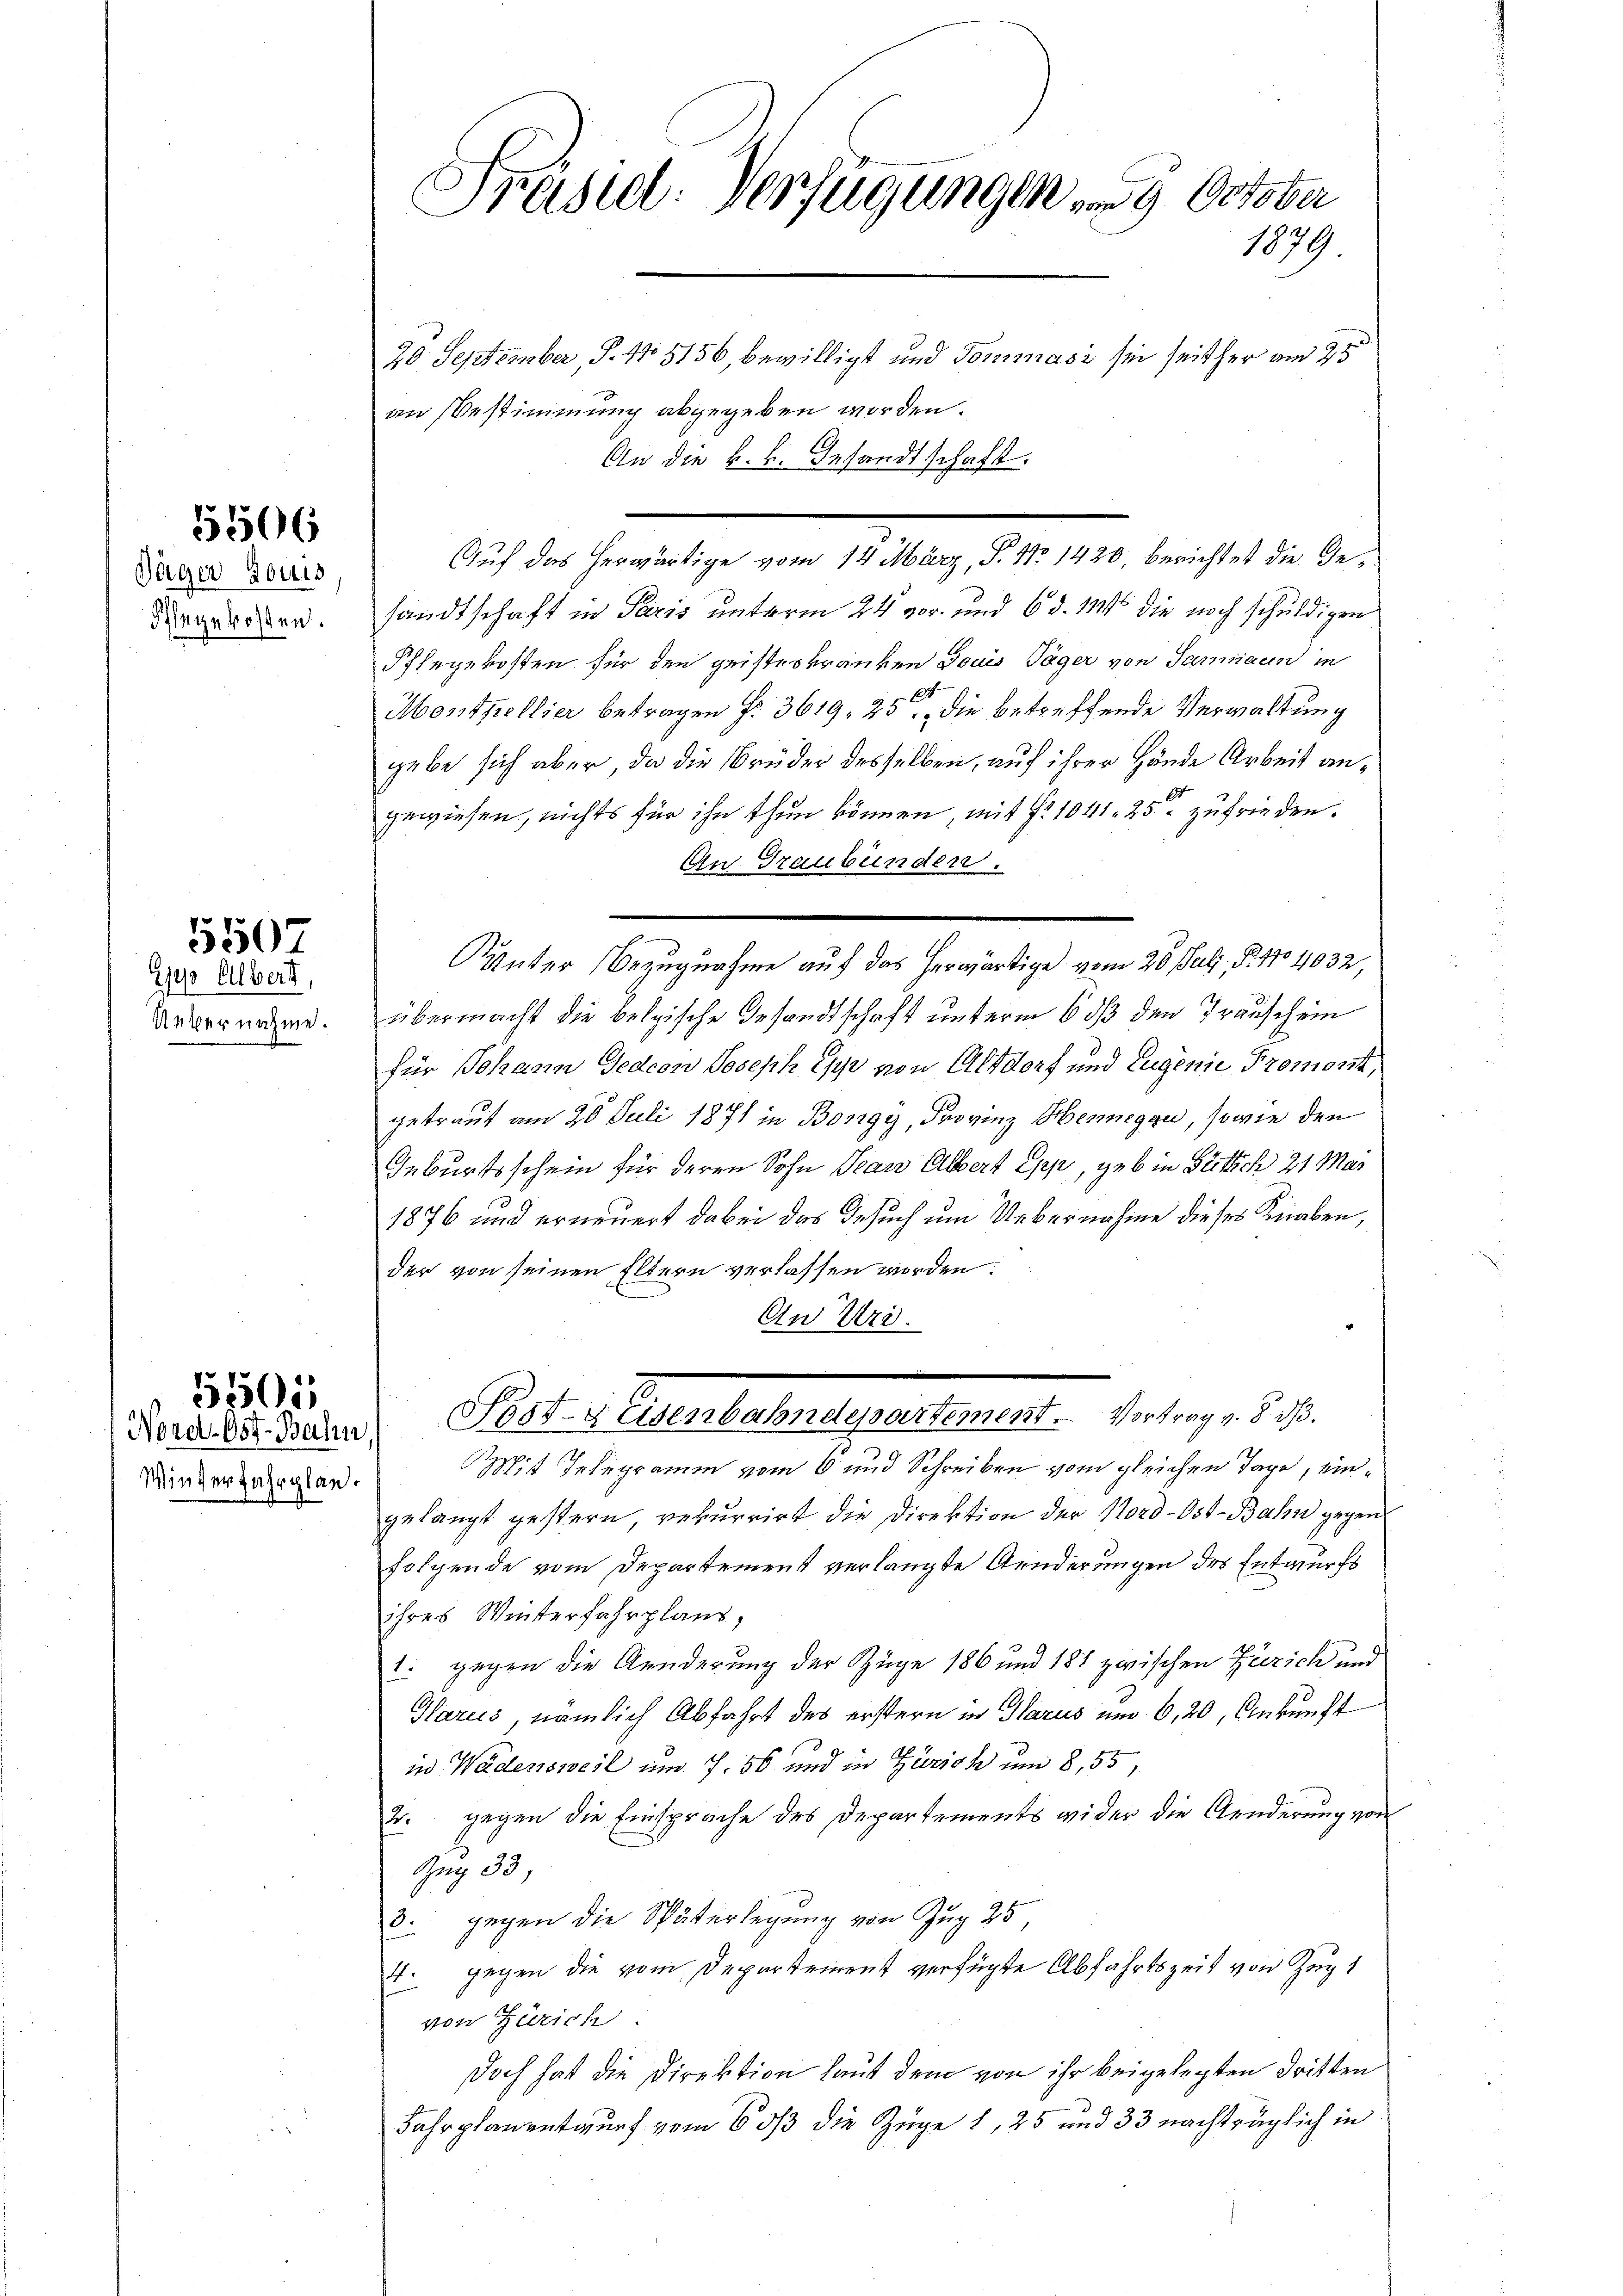
5506

Däger Louis
Ihlegekosten.

1e Albert,
Uebernahme.

5507

Winderfahrplan.

5505

Präsidl. Verfügung von 9. October
1879

20. September, P. No 5156, bewilligt und Tommasi sei seither am 25.
an Bestimmung abgegeben worden.
An die k. k. Gesandtschaft.
sandtschaft in Paris unterm 24 vor und 6 d. 119 die noch schuldigen
Pflegekosten für den geisteskranken Touis Täger von Samnaun in
183
Morstprellier betragen f. 3619, 25. die betreffende Verwaltung
gebe sich aber, da die Brüder desselben, auf ihrer Hände Arbeit angewiesen, nichts für ihn thun können, mit §. 1041. 25 zufrieden.
Au. Graubünden.
nter Bezugnahme auf das herwärtige vom 28. Juli, P. 11 4032,
übermacht die belgische Gesandtschaft unterm 6 dß den Transchein
für Johann Gedeon Joseph Epp von Altdorf und Eugenie Promort,
getraut am 20. Juli 1871 in Bongy, Provinz Heregen, sowie den
Geburtsschein für deren Sohn Jean Albert Epp, geb in Fittich 21 Mar
1876 und erneuert dabei das Gesuch um Uebernahme dieses Knaben,
der von seinen Eltern verlassen worden.
An Uri.
Farade des Prof. Overbahndepraestament. Vertrag d. J.
Mit Telegramm vom 6 und Schreiben vom gleichen Tage, eingelangt gestern, rekurrirt die Direktion der Nord-Ost-Bahn gegen
folgende vom Departement verlangte Aenderungen des Entwurfs
ihres Winterfahrplans,
1. gegen die Aenderung der Züge 186 und 187 zwischen Zürich und
Glarus, nämlich Abfahrt des erstern in Glarus um 6,20, Ankunft
in Wädensweil um 7. 56 und in Zürich um 8,55,
2. gegen die Einsprache des Departements wider die Aenderung von
Zug 33,
3. gegen die Späterlegung von Zug 25,
st. gegen die vom Departement verfügte Abfahrtszeit von Zug
von Zürich.
Doch hat die Direktion laut dem von ihr beigelegten dritten
Fahrplanentwurf vom 603 die Züge 1, 25 und 33 nachträglich in

Auf das herwärtige vom 14. März, P. No 1420, berichtet die Ge¬